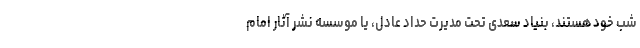
شب خود هستند، بنیاد سعدی تحت مدیرت حداد عادل، یا موسسه نشر آثار امام